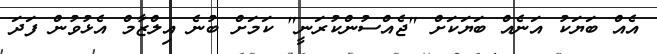
އެއް ބަޔަކު އަނެއް ބަޔަކަށް "ޖެއްސުންކުރަނީ" ކަމަށް ބުނެ އިލްޒާމް އެޅުވުން ފަދަ